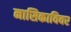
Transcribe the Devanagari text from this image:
नासिकाविवर